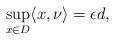
LaTeX: \begin{align*} \sup_{x \in D}\langle x,\nu \rangle = \epsilon d, \end{align*}